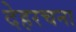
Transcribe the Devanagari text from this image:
देहरचना